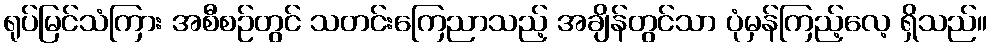
ရုပ်မြင်သံကြား အစီစဉ်တွင် သတင်းကြေညာသည့် အချိန်တွင်သာ ပုံမှန်ကြည့်လေ့ ရှိသည်။